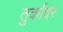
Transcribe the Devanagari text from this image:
तुर्कांवर